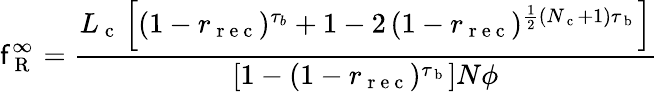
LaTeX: \mathsf{f}_{\mathrm{{~R~}}}^{\infty}=\frac{{L_{\mathrm{{~c~}}}\left[\left(1-r_{\mathrm{{~r~e~c~}}}\right){}^{\tau_{b}}+1-2\left(1-r_{\mathrm{{~r~e~c~}}}\right){}^{\frac{{1}}{{2}}(N_{\mathrm{{~c~}}}+1)\tau_{\mathrm{{~b~}}}}\right]}}{{\left[1-\left(1-r_{\mathrm{{~r~e~c~}}}\right){}^{\tau_{\mathrm{{~b~}}}}\right]N\phi}}